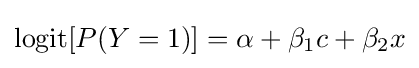
\operatorname {logit} [P(Y=1)]=\alpha +\beta _{1}c+\beta _{2}x